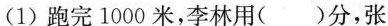
(1)跑完1000米，李林用( )分，张